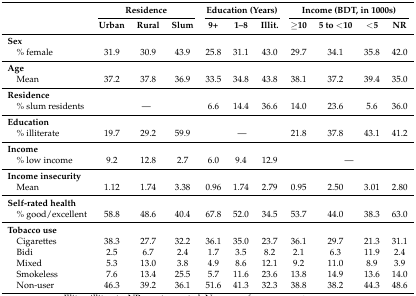
<table><thead><tr><td></td><td colspan="3"><b>Residence</b></td><td colspan="3"><b>Education (Years)</b></td><td colspan="4"><b>Income (BDT, in 1000s)</b></td></tr><tr><td></td><td><b>Urban</b></td><td><b>Rural</b></td><td><b>Slum</b></td><td><b>9+</b></td><td><b>1–8</b></td><td><b>Illit.</b></td><td><b>≥10</b></td><td><b>5 to &lt;10</b></td><td><b>&lt;5</b></td><td><b>NR</b></td></tr></thead><tbody><tr><td><b>Sex</b></td><td colspan="10"></td></tr><tr><td>% female</td><td>31.9</td><td>30.9</td><td>43.9</td><td>25.8</td><td>31.1</td><td>43.0</td><td>29.7</td><td>34.1</td><td>35.8</td><td>42.0</td></tr><tr><td><b>Age</b></td><td colspan="10"></td></tr><tr><td>Mean</td><td>37.2</td><td>37.8</td><td>36.9</td><td>33.5</td><td>34.8</td><td>43.8</td><td>38.1</td><td>37.2</td><td>39.4</td><td>35.0</td></tr><tr><td><b>Residence</b></td><td colspan="10"></td></tr><tr><td>% slum residents</td><td colspan="3">—</td><td>6.6</td><td>14.4</td><td>36.6</td><td>14.0</td><td>23.6</td><td>5.6</td><td>36.0</td></tr><tr><td><b>Education</b></td><td colspan="10"></td></tr><tr><td>% illiterate</td><td>19.7</td><td>29.2</td><td>59.9</td><td colspan="3">—</td><td>21.8</td><td>37.8</td><td>43.1</td><td>41.2</td></tr><tr><td><b>Income</b></td><td colspan="10"></td></tr><tr><td>% low income</td><td>9.2</td><td>12.8</td><td>2.7</td><td>6.0</td><td>9.4</td><td>12.9</td><td colspan="4">—</td></tr><tr><td><b>Income insecurity</b></td><td colspan="10"></td></tr><tr><td>Mean</td><td>1.12</td><td>1.74</td><td>3.38</td><td>0.96</td><td>1.74</td><td>2.79</td><td>0.95</td><td>2.50</td><td>3.01</td><td>2.80</td></tr><tr><td><b>Self-rated health</b></td><td colspan="10"></td></tr><tr><td>% good/excellent</td><td>58.8</td><td>48.6</td><td>40.4</td><td>67.8</td><td>52.0</td><td>34.5</td><td>53.7</td><td>44.0</td><td>38.3</td><td>63.0</td></tr><tr><td><b>Tobacco use</b></td><td colspan="10"></td></tr><tr><td>Cigarettes</td><td>38.3</td><td>27.7</td><td>32.2</td><td>36.1</td><td>35.0</td><td>23.7</td><td>36.1</td><td>29.7</td><td>21.3</td><td>31.1</td></tr><tr><td>Bidi</td><td>2.5</td><td>6.7</td><td>2.4</td><td>1.7</td><td>3.5</td><td>8.2</td><td>2.1</td><td>6.3</td><td>11.9</td><td>2.4</td></tr><tr><td>Mixed</td><td>5.3</td><td>13.0</td><td>3.8</td><td>4.9</td><td>8.6</td><td>12.1</td><td>9.2</td><td>11.0</td><td>8.9</td><td>3.9</td></tr><tr><td>Smokeless</td><td>7.6</td><td>13.4</td><td>25.5</td><td>5.7</td><td>11.6</td><td>23.6</td><td>13.8</td><td>14.9</td><td>13.6</td><td>14.0</td></tr><tr><td>Non-user</td><td>46.3</td><td>39.2</td><td>36.1</td><td>51.6</td><td>41.3</td><td>32.3</td><td>38.8</td><td>38.2</td><td>44.3</td><td>48.6</td></tr></tbody></table>